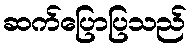
ဆက်ပြောပြသည်